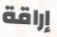
إراقة